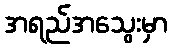
အရည်အသွေးမှာ